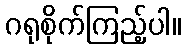
ဂရုစိုက်ကြည့်ပါ။